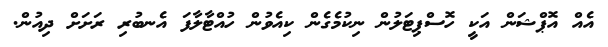
އެއް އޮޕްޝަން އަކީ ހޮސްޕިޓަލުން ނިކުމެގެން ކިއެވުން ހުއްޓާލާފަ އެނބުރި ރަށަށް ދިއުން.